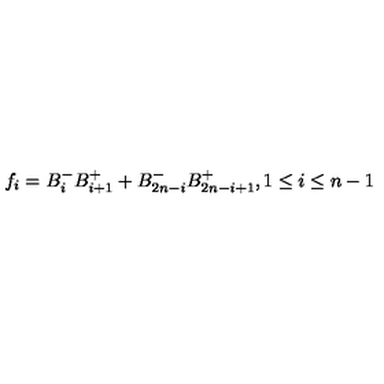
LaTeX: f _ { i } = B _ { i } ^ { - } B _ { i + 1 } ^ { + } + B _ { 2 n - i } ^ { - } B _ { 2 n - i + 1 } ^ { + } , 1 \leq i \leq n - 1